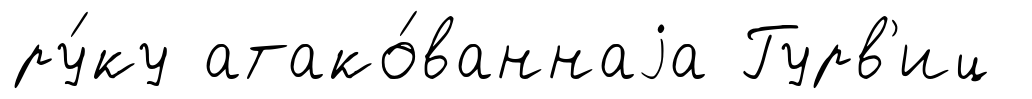
ру́ку атако́ваннаjа Гурв'иц